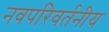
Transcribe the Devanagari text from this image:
नवपरिवर्तनीय